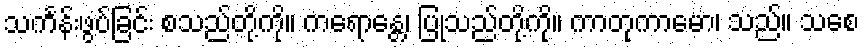
သင်္ကန်းဖွပ်ခြင်း စသည်တို့ကို။ ကရောန္တေ၊ ပြုသည်တို့ကို။ ကာတုကာမော၊ သည်။ သစေ